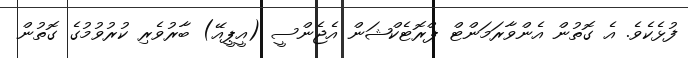
ފުޅެކެވެ. އެ ގޮތުން އެންވާރަމަންޓް ޕްރޮޓެކްޝަން އެޖެންސީ (އީޕީއޭ) ބާރުވެރި ކުރުވުމުގެ ގޮތުން